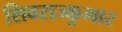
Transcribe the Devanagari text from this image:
शिवराज्कुमार